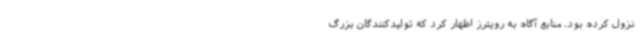
نزول کرده بود. منابع آگاه به رویترز اظهار کرد که تولیدکنندگان بزرگ